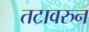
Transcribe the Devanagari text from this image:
तटावरुन